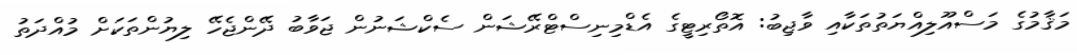
މަޤާމުގެ މަސްއޫލިއްޔަތުތަކާއި ވާޖިބު: އޮތޯރިޓީގެ އެޑްމިނިސްޓްރޭޝަން ސެކްޝަނުން ޖަވާބު ދޭންޖެހޭ ލިޔުންތަކަށް މުއްދަތު